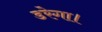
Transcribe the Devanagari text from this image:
डरेगा।